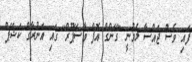
ފައި ވެސް ޖައްސާ ލެވުނީ "ގޭންގް އޮފް ވާސޭޕޫރް" ގައި އަނުރާގް ކަޝޭޕް